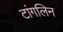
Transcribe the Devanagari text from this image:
टांगलिन